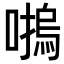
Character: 𡀴